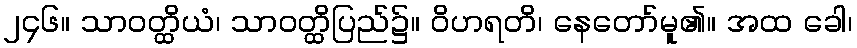
၂၄၆။ သာဝတ္ထိယံ၊ သာဝတ္ထိပြည်၌။ ဝိဟရတိ၊ နေတော်မူ၏။ အထ ခေါ၊